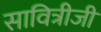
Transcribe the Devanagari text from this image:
सावित्रीजी